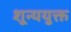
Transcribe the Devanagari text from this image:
शून्ययुक्त